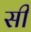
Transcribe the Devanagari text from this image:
सी